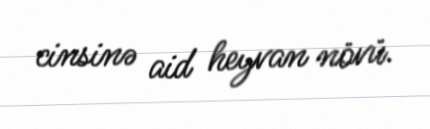
cinsinə aid heyvan növü.